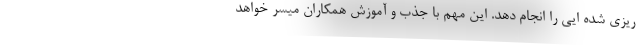
ریزی شده ایی را انجام دهد. این مهم با جذب و آموزش همکاران میسر خواهد